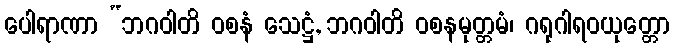
ပေါရာဏာ “ဘဂဝါတိ ဝစနံ သေဋ္ဌံ, ဘဂဝါတိ ဝစနမုတ္တမံ၊ ဂရုဂါရဝယုတ္တော